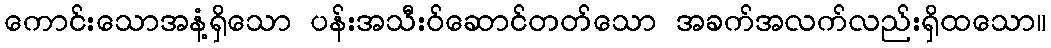
ကောင်းသောအနံ့ရှိသော ပန်းအသီးဝ်ဆောင်တတ်သော အခက်အလက်လည်းရှိထသော။